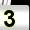
Digit: 3